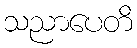
သညာပေတိ